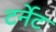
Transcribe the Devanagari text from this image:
टर्नेट